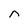
Character: n